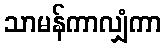
သာမန်ကာလျှံကာ